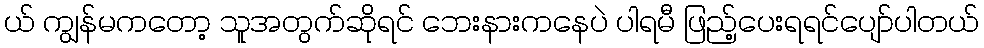
ယ် ကျွန်မကတော့ သူအတွက်ဆိုရင် ဘေးနားကနေပဲ ပါရမီ ဖြည့်ပေးရရင်ပျော်ပါတယ်